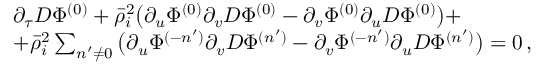
\begin{array} { r l } & { \partial _ { \tau } D \Phi ^ { ( 0 ) } + \bar { \rho } _ { i } ^ { 2 } \big ( \partial _ { u } \Phi ^ { ( 0 ) } \partial _ { v } D \Phi ^ { ( 0 ) } - \partial _ { v } \Phi ^ { ( 0 ) } \partial _ { u } D \Phi ^ { ( 0 ) } \big ) + } \\ & { + \bar { \rho } _ { i } ^ { 2 } \sum _ { n ^ { \prime } \neq 0 } \big ( \partial _ { u } \Phi ^ { ( - n ^ { \prime } ) } \partial _ { v } D \Phi ^ { ( n ^ { \prime } ) } - \partial _ { v } \Phi ^ { ( - n ^ { \prime } ) } \partial _ { u } D \Phi ^ { ( n ^ { \prime } ) } \big ) = 0 \, , } \end{array}